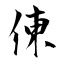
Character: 倲